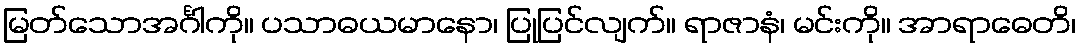
မြတ်သောအင်္ဂါကို။ ပသာဓယမာနော၊ ပြုပြင်လျက်။ ရာဇာနံ၊ မင်းကို။ အာရာဓေတိ၊